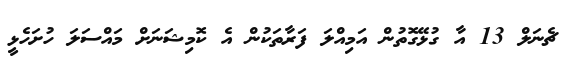
ޗެނަލް 13 އާ ގުޅޭގޮތުން އަމިއްލަ ފަރާތަކުން އެ ކޮމިޝަނަށް މައްސަލަ ހުށަހެޅީ